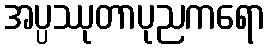
အပ္ပဿုတာပုညကရော